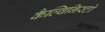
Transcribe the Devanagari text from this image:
कैल्विनिस्टो